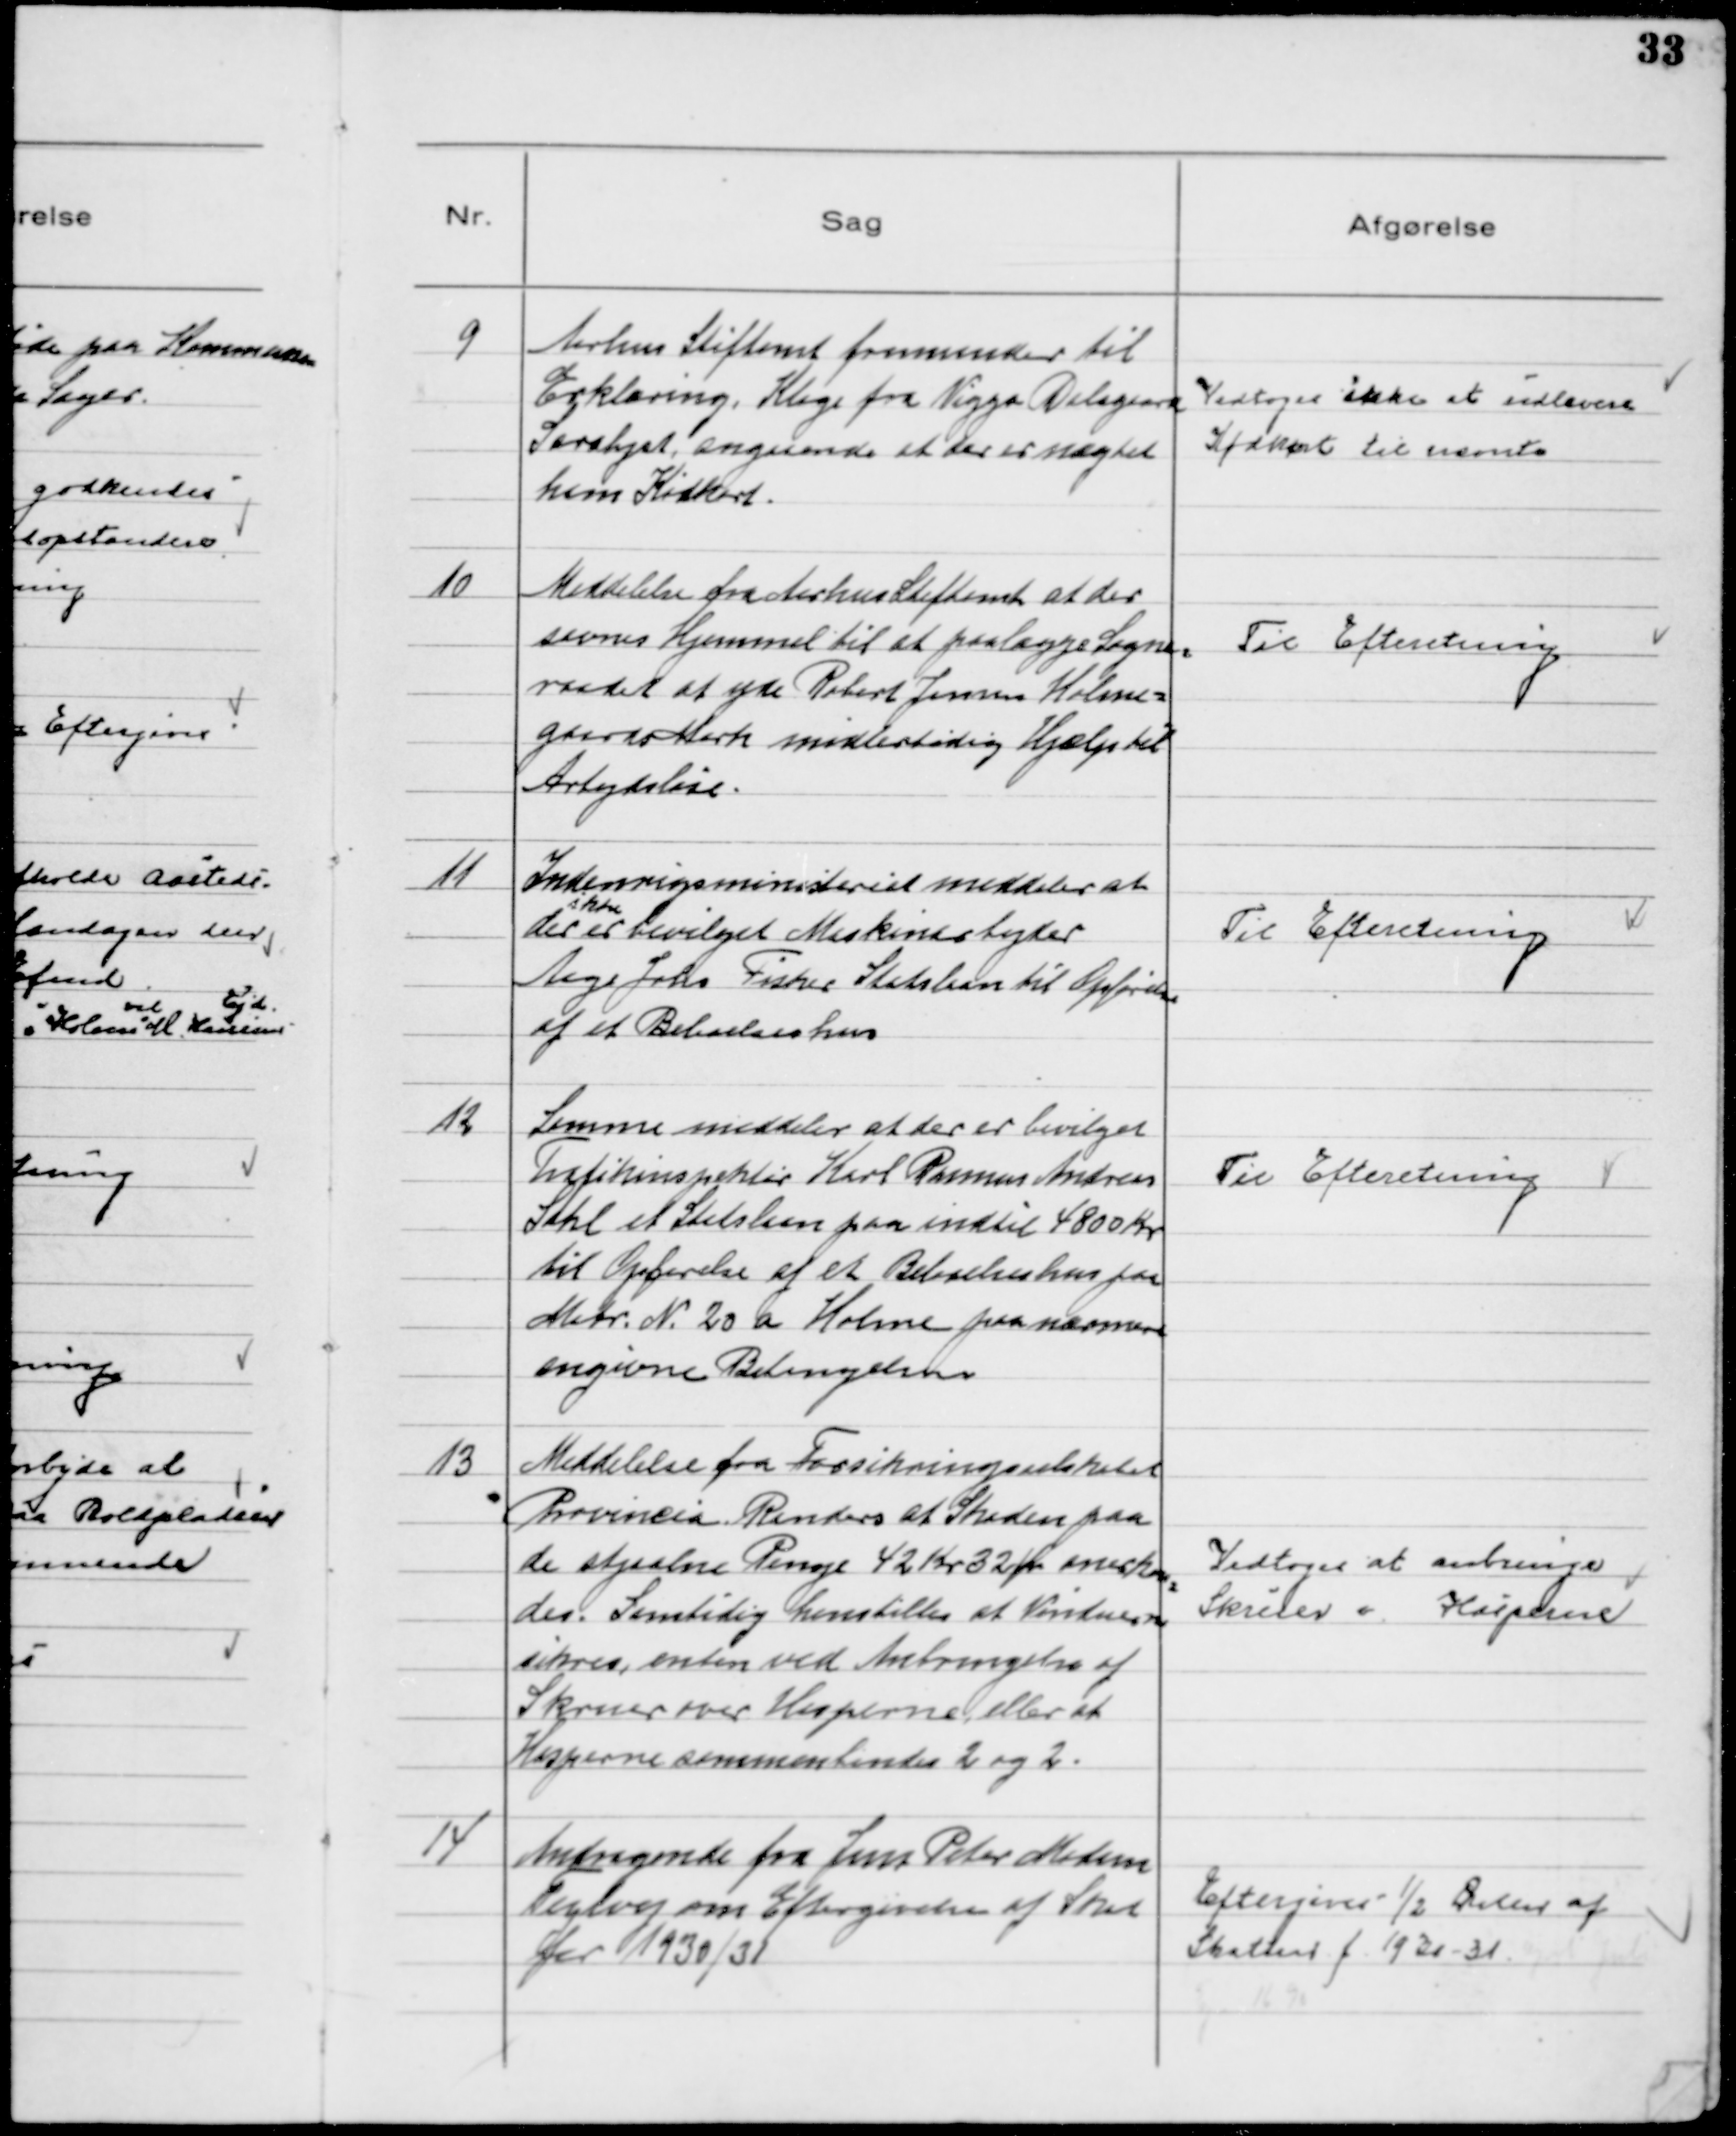
Transskription:
9
Aarhus Stiftamt fremsender til
Erklæring Klage fra Viggo Dalsgaard
Saralyst, angaaende at der er nægtet
ham Kødkort.

Vedtoges ikke at udlevere
Kødkort til nævnte

10
Meddelelse fra Aarhus Stiftamt at der
savnes Hjemmel til at paalægge Sogne-
raadet at yde Robert Jensen Holme-
gaards Mark midlertidig Hjælp til
Arbejdsløse.

Til Efteretning

11
Indenrigsministeriet meddeler at
der
ikke
er bevilget Maskinarbejder
Aage Johs Fisker Statslaan til Opførelse
af et Beboelseshus

Til Efteretning

12
Samme meddeler at der er bevilget
Trafikinspektør Karl Rasmus Andreas
Sahl et Statslaan paa indtil 4800 Kr
til Opførelse af et Beboelseshus paa
Matr. № 20 a Holme paa nærmere
angivne Betingelser

Til Efteretning

13
Meddelelse fra Forsikringsselskabet
Provincia Randers at Skaden paa
de stjaalne Penge 42 Kr 32 Øre anerken
des. Samtidig henstilles at Vinduerne
sikres, enten ved Anbringelse af
Skruer over Hasperne eller at
Hasperne sammenbindes 2 og 2.

Vedtoges at anbringe
Skruer v. Hasperne

14
Andragende fra Jens Peter Madsen
Teglvej om Eftergivelse af Skat
for 1930/31

Eftergives ½ Delen af
Skatten f. 1930 - 31